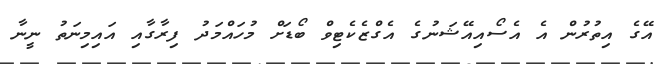
އޭގެ އިތުރުން އެ އެސޯއިއޭޝަނުގެ އެގްޒެކެޓިވް ބޯޑަށް މުހައްމަދު ފިރާގާއި އައިމިނަތު ނީނާ